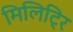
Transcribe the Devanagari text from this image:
मिलिट्रि